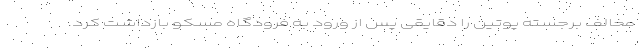
مخالف برجسته پوتین را دقایقی پس از ورود به فرودگاه مسکو بازداشت کرد.